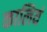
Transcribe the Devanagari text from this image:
कालियं